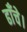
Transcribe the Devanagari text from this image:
ढाँचे।